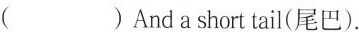
( )And a short tail(尾巴).